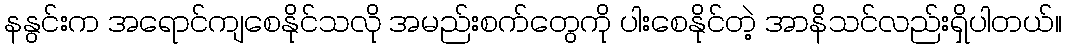
နနွင်းက အရောင်ကျစေနိုင်သလို အမည်းစက်တွေကို ပါးစေနိုင်တဲ့ အာနိသင်လည်းရှိပါတယ်။